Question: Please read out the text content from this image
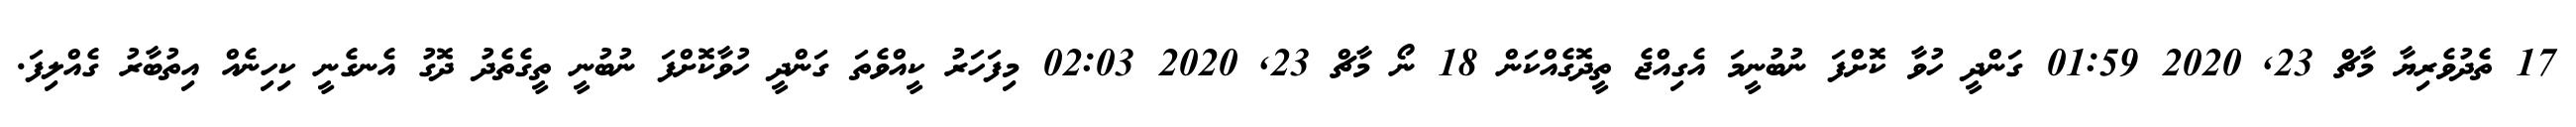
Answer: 17 ތެދުވެރިޔާ މާޗް 23, 2020 01:59 ގަންދީ ހުވާ ކޮށްފަ ނުބުނީމަ އެގިއްޖެ ތީދޮގެއްކަން 18 ނޯ މާޗް 23, 2020 02:03 މިފަހަރު ކީއްވެތަ ގަންދީ ހުވާކޮށްފަ ނުބުނީ ތީގެތެދު ދޮގު އެނގެނީ ކިހިނެއް އިތުބާރު ގެއްލިފަ.